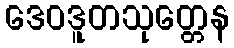
ဒေဝဒူတသုတ္တေန